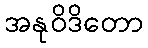
အနုဝိဒိတော